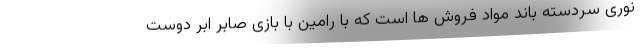
نوری سردسته باند مواد فروش ها است که با رامین با بازی صابر ابر دوست